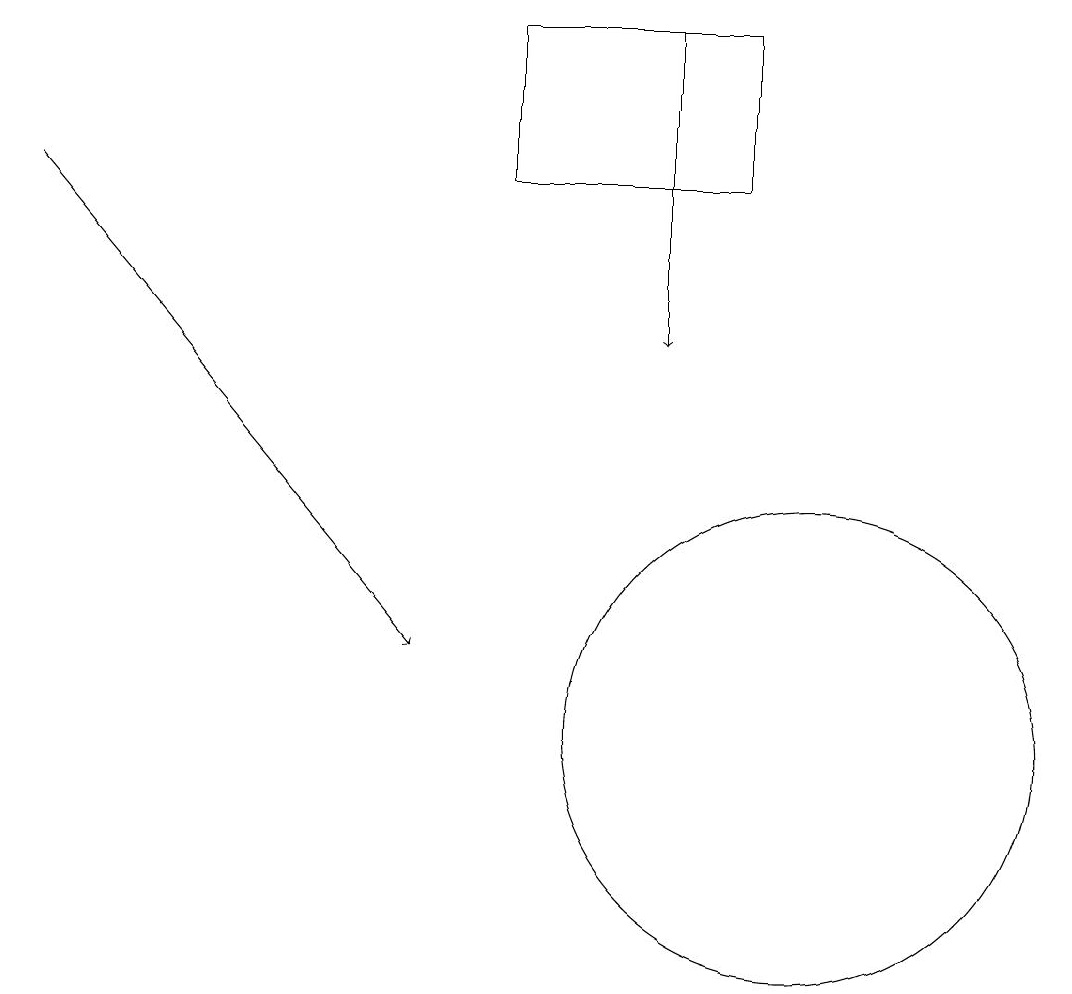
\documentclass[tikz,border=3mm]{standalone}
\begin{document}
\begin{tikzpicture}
\draw[->] (0,17) -- (5,11);
\draw (6,17) rectangle (9,19);
\draw[->] (8,19) -- (8,15);
\draw (10,10) circle (3);
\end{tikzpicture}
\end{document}